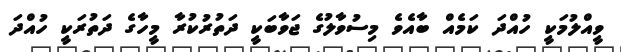
ވީއްލުމަކީ ހުއްދަ ކަމެއް ބާއެވެ މިސުވާލުގެ ޖަވާބަކީ ދަތުރުކުރާ މީހާގެ ދަތުރަކީ ހުއްދަ